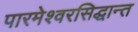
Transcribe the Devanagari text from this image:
पारमेश्वरसिद्धान्त